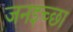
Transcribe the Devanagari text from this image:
जनइच्छा